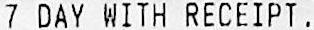
7 DAY WITH RECEIPT.